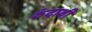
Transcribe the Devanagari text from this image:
रुंदावी